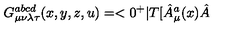
G _ { \mu \nu \lambda \tau } ^ { a b c d } ( x , y , z , u ) = < 0 ^ { + } | T [ \hat { A } _ { \mu } ^ { a } ( x ) \hat { A }